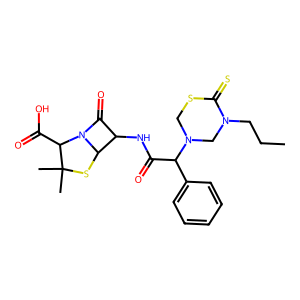
SMILES: CCCN1CN(C(C(=O)NC2C(=O)N3C2SC(C)(C)C3C(=O)O)c2ccccc2)CSC1=S
Inhibits HIV replication: No